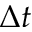
\Delta t